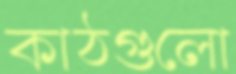
কাঠগুলো